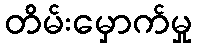
တိမ်းမှောက်မှု